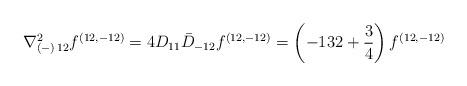
LaTeX: \begin{align*}{ \nabla^2_{(-)\, 12}f^{(12,-12)} =4 D_{11} \bar D_{-12} f^{(12,-12)}=\left(- 132 + {3\over 4}\right) f^{(12,-12)}}\end{align*}